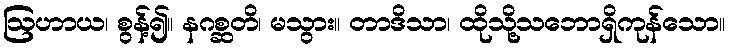
ဩဟာယ၊ စွန့်၍။ နဂစ္ဆတိ၊ မသွား။ တာဒိသာ၊ ထိုသို့သဘောရှိကုန်သော။